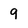
Character: 9